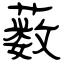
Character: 薮